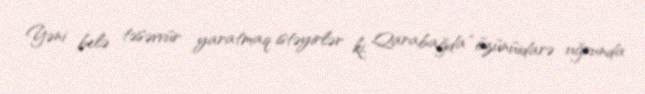
Yəni belə təsəvvür yaratmaq istəyirlər ki, Qarabağda “özünüidarə uğrunda